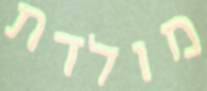
מולדת